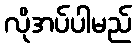
လိုအပ်ပါမည်